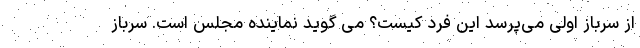
از سرباز اولی می‌پرسد این فرد کیست؟ می گوید نماینده مجلس است. سرباز